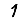
Digit: 1